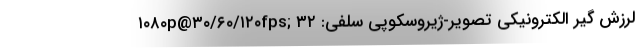
۱۰۸۰p@۳۰/۶۰/۱۲۰fps; لرزش گیر الکترونیکی تصویر-ژیروسکوپی سلفی: ۳۲